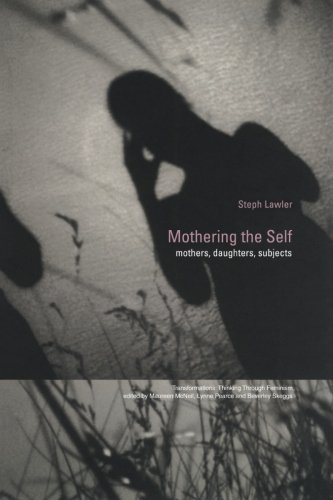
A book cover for Mothering the Self: Mothers, Daughters, Subjects (Transformations); Stephanie Lawler; Gay & Lesbian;